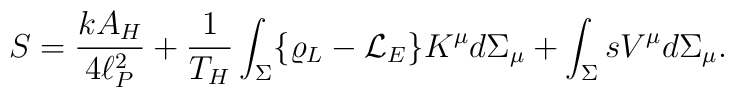
S = {k A_H\over4 \ell_P^2}  + {1\over T_H} \int_\Sigma \{ \varrho_L - {\cal L}_E  \} K^\mu d\Sigma_\mu  + \int_\Sigma s V^\mu d\Sigma_\mu.